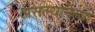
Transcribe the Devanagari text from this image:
असल्यानेत्या